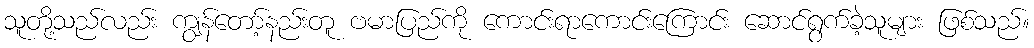
သူတို့သည်လည်း ကျွန်တော့်နည်းတူ ဗမာပြည်ကို ကောင်းရာကောင်းကြောင်း ဆောင်ရွက်ခဲ့သူများ ဖြစ်သည်။